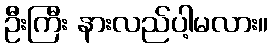
ဦးကြီး နားလည်ပါ့မလား။